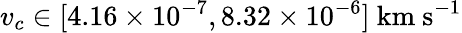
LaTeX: v_{c}\in[4.16\times 10^{-7},8.32\times 10^{-6}]\ \mathrm{km\ s^{-1}}